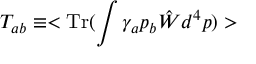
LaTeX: T _ { a b } \equiv < \mathrm { T r } ( \int \gamma _ { a } p _ { b } \hat { W } d ^ { 4 } p ) >